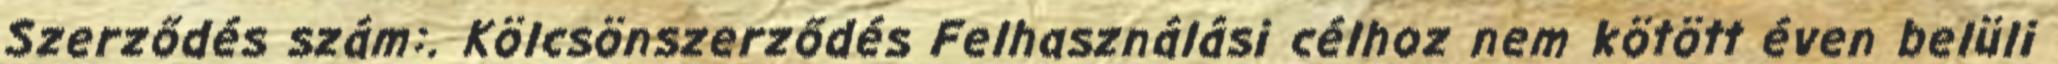
Szerződés szám:. Kölcsönszerződés Felhasználási célhoz nem kötött éven belüli